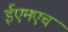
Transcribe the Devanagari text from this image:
ईएमएच